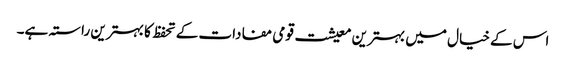
اس کے خیال میں بہترین معیشت قومی مفادات کے تحفظ کا بہترین راستہ ہے۔